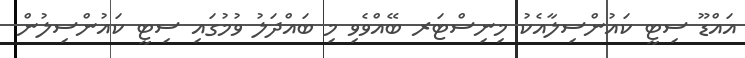
އައްޑޫ ސިޓީ ކައުންސިލާއެކު މިނިސްޓަރ ބޭއްވެވި މި ބައްދަލު ވުމުގައި ސިޓީ ކައުންސިލުން